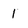
Character: 1